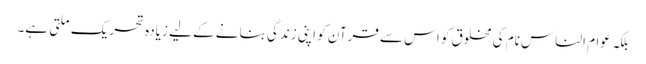
بلکہ عوام الناس نام کی مخلوق کو اس سے قرآن کو اپنی زندگی بنانے کے لیے زیادہ تحریک ملتی ہے۔